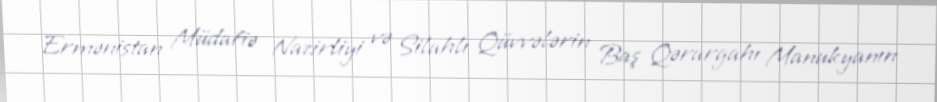
Ermənistan Müdafiə Nazirliyi və Silahlı Qüvvələrin Baş Qərargahı Manukyanın